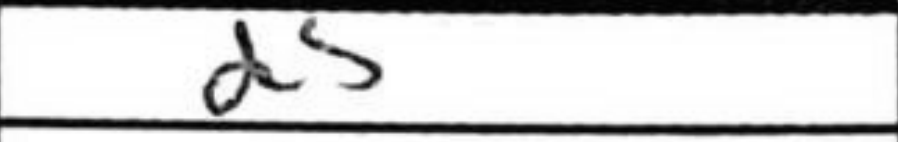
Transcription: d5